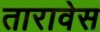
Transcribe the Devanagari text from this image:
तारावेस